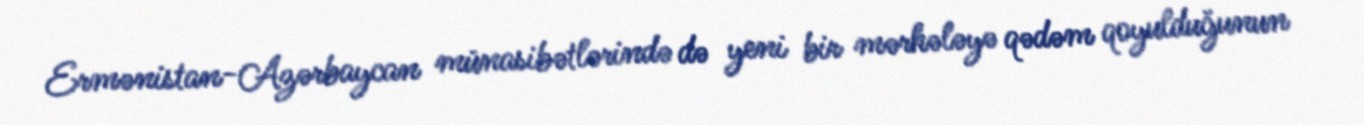
Ermənistan-Azərbaycan münasibətlərində də yeni bir mərhələyə qədəm qoyulduğunun